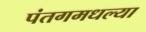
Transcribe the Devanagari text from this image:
पंतगमधल्या